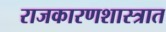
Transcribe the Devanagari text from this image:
राजकारणशास्त्रात